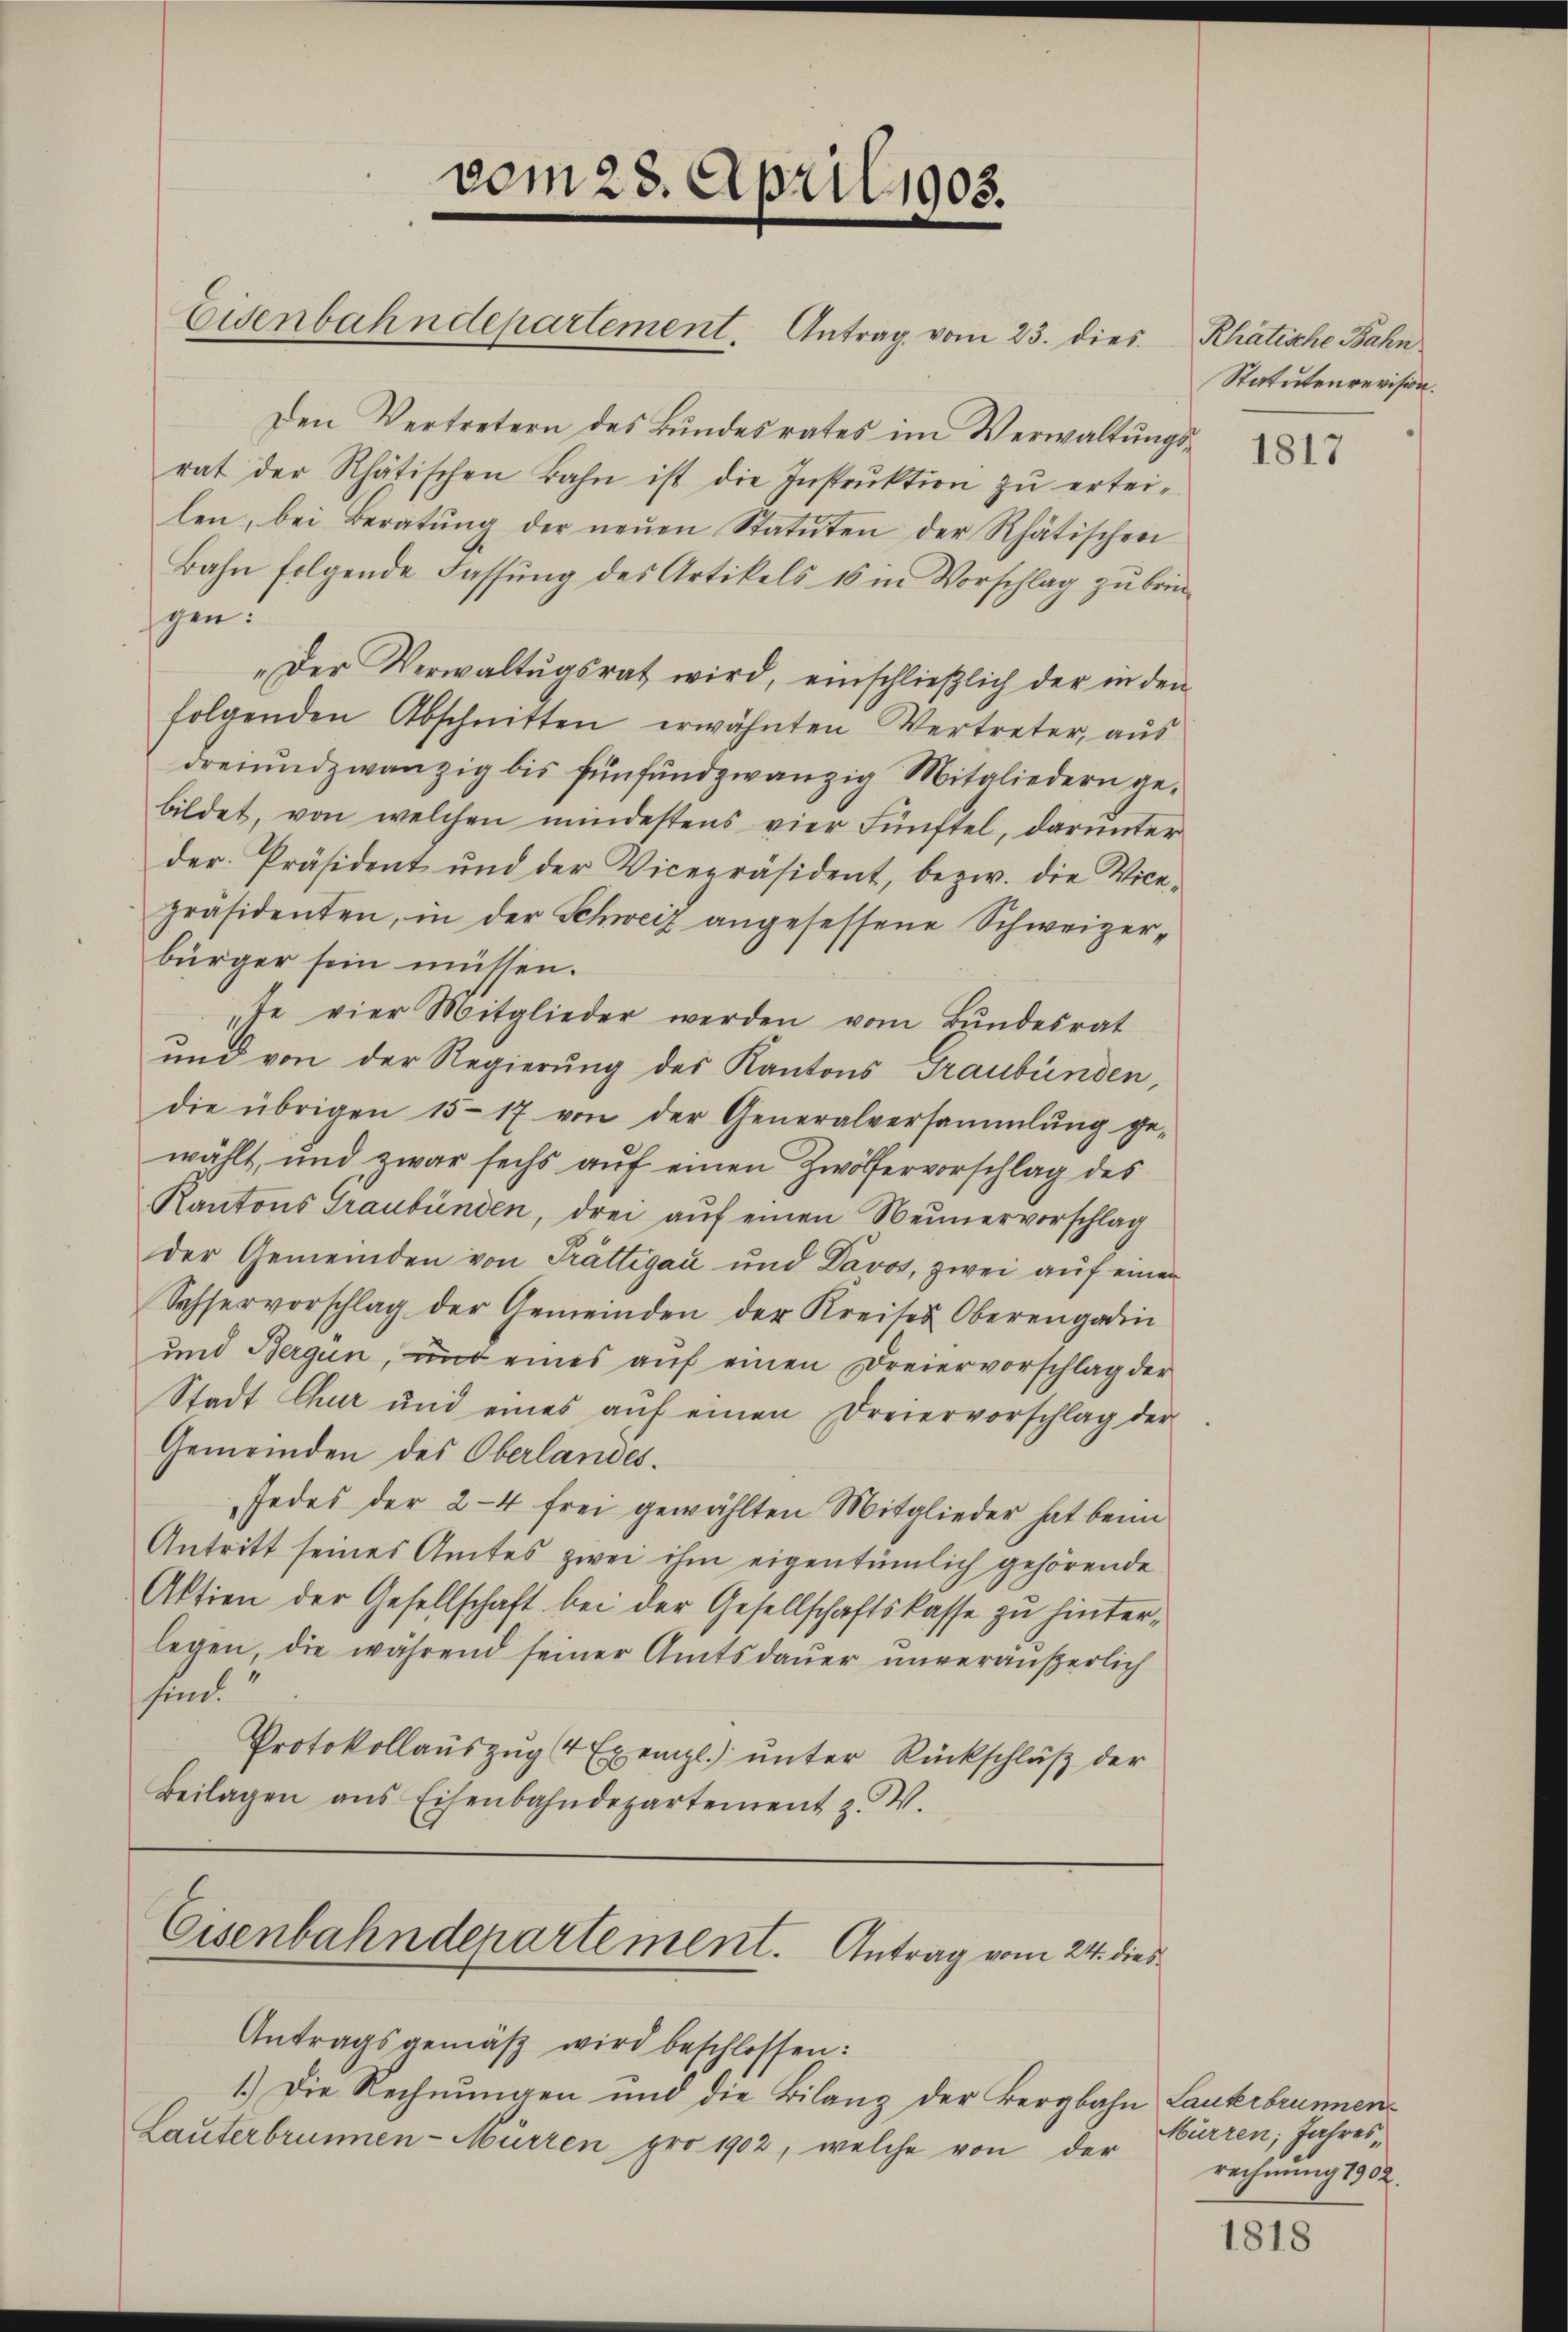
vom 23. April 1905.
Eisenbahndepartement. Antrag vom 23. dies Kratische Bahn

Den Vertretern des Bundesrates im Verwaltungsrat der Rhätischen Bahn ist die Instrŭktion zŭ ertei-
len, bei Beratŭng der neŭen Statŭten der Rhätischen
Bahn folgende Fassŭng des Artikels 16 in Vorschlag zŭ brin-
gen:
"Der Verwaltŭnsrat wird, einschlieβlich der in den
folgenden Abschnitten erwähnten Vertreter, aus
dreiundzwanzig bis fünfundzwanzig Mitgliedern gebildet, von welchen mindestens vier Fünftel, darunter
der Präsident und der Vicepräsident, bezw. die Vice-
präsidenten, in der Schweiz angesessene Schweizer-
bürger sein müssen.
te vier Mitglieder werden vom Bundesrat
und von der Regierung des Kantons Graubünden,
die übrigen 15-17 von der Generalversammlung ge-
wählt, und zwar sechs aŭf einen Zwölfervorschlag des
Kantons Graubünden, drei aŭf einen Neunervorschlag
der Gemeinden von Trättigau und Davos, zwei auf einen
Schhervorschlag der Gemeinden der Kreises Oberengadin
und Bergün, und eines aŭf einen Dreiervorschlag der
Stadt Chur und eines aŭf einen Dreiervorschlag der
Gemeinden des Oberlandes¬
Jedes der 2-4 frei gewählten Mitglieder hat beim
Antritt seines Amtes zwei ihm eigentümlich gehörende
Aktion der Gesellschaft bei der Gesellschaftskasse zu hinterlegen, die während seiner Amtsdauer unveräußerlich
sind.
Protokollauszug (4 Exempl.) unter Rückschluß der
Beilagen ans Eisenbahndepartement z. W.

Eisenbahndepartement. Antrag vom 24. dies
Antragsgemäß wird beschlossen:
1.) Die Rechnungen und die Bilanz der Bergbahn Lauterbrunnen¬

Lauterbrunnen-Mürren pro 1902, welche von der Hurren, Jahres¬

rechnung 1902.

Statutenrevision.

1818

1817